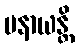
မနာယန္တိ